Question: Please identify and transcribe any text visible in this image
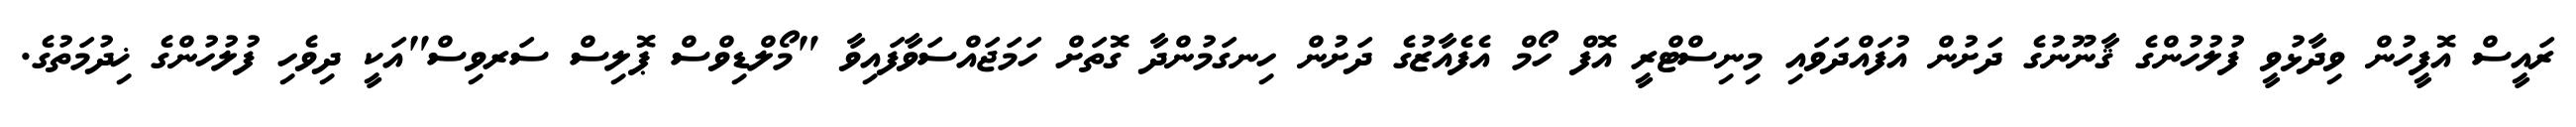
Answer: ރައީސް އޮފީހުން ވިދާޅުވީ ފުލުހުންގެ ޤާނޫނުގެ ދަށުން އުފައްދަވައި މިނިސްޓްރީ އޮފް ހޯމް އެފެއާޒުގެ ދަށުން ހިނގަމުންދާ ގޮތަށް ހަމަޖައްސަވާފައިވާ "މޯލްޑިވްސް ޕޮލިސް ސަރވިސް"އަކީ ދިވެހި ފުލުހުންގެ ޚިދުމަތުގެ.